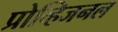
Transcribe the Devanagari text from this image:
प्रोव्हिजनल